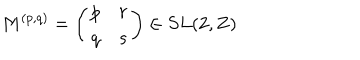
M ^ { ( p , q ) } = \left( \begin{array} { c c } { { p } } & { { r } } \\ { { q } } & { { s } } \\ \end{array} \right) \in S L ( 2 , { \bf Z } )